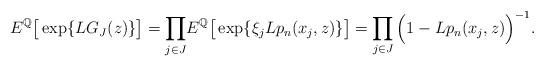
LaTeX: \begin{align*}E^{\mathbb{Q}} \big[ \exp\{ L G_J(z) \} \big] = \smash{\prod_{j \in J}}E^{\mathbb{Q}} \big[ \exp\{\xi_j L p_n(x_j,z) \} \big]= \prod_{\smash{j \in J}} \Big(1 - L p_n(x_j,z) \Big)^{-1}.\end{align*}